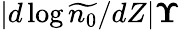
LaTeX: |d\log\widetilde{n_{0}}/dZ|\le\Upsilon